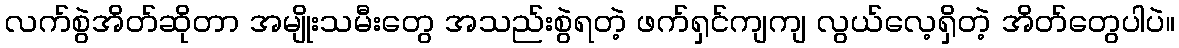
လက်စွဲအိတ်ဆိုတာ အမျိုးသမီးတွေ အသည်းစွဲရတဲ့ ဖက်ရှင်ကျကျ လွယ်လေ့ရှိတဲ့ အိတ်တွေပါပဲ။